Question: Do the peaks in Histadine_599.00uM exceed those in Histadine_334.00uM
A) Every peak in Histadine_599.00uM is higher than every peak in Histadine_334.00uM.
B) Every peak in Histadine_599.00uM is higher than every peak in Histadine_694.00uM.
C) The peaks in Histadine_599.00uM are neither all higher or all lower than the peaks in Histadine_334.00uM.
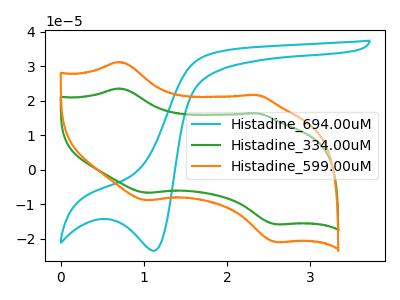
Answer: <think>The cyan curve "Histadine_694.00uM" has a cathodic peak at: (1.10V, -23.45uA). The green curve "Histadine_334.00uM" has anodic peaks at (0.70V, 23.55uA) (2.35V, 16.30uA) and cathodic peaks at (1.05V, -6.65uA) (2.60V, -15.80uA). The orange curve "Histadine_599.00uM" has anodic peaks at (0.70V, 31.20uA) (2.35V, 21.65uA) and cathodic peaks at (1.05V, -8.85uA) (2.60V, -20.95uA).</think>
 <answer>A) Every peak in "Histadine_599.00uM" is higher than every peak in "Histadine_334.00uM".</answer>
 <eval>A</eval>